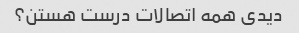
دیدی همه اتصالات درست هستن؟